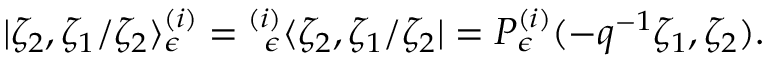
| \zeta _ { 2 } , \zeta _ { 1 } / \zeta _ { 2 } \rangle _ { \epsilon } ^ { ( i ) } = { } _ { \; \; \epsilon } ^ { ( i ) } \langle \zeta _ { 2 } , \zeta _ { 1 } / \zeta _ { 2 } | = P _ { \epsilon } ^ { ( i ) } ( - q ^ { - 1 } \zeta _ { 1 } , \zeta _ { 2 } ) .